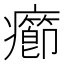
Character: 癤